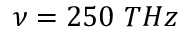
\nu = 2 5 0 ~ T H z